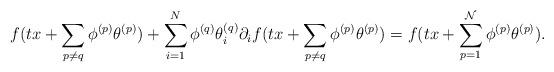
LaTeX: \begin{align*} f(tx+\sum_{p \neq q} \phi^{(p)}\theta^{(p)}) + \sum_{i=1}^{N} \phi^{(q)} \theta^{(q)}_i \partial_i f(tx+\sum_{p \neq q} \phi^{(p)}\theta^{(p)}) = f(tx+\sum_{p=1}^{\mathcal{N}}\phi^{(p)}\theta^{(p)}). \end{align*}